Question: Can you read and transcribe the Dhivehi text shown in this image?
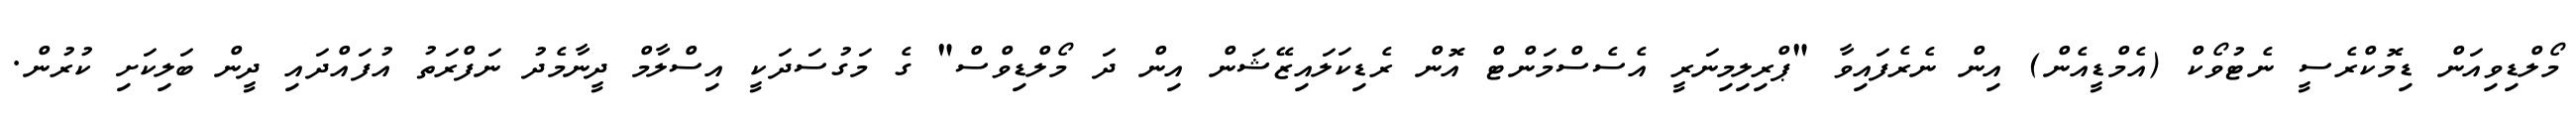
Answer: މޯލްޑިވިއަން ޑިމޮކްރެސީ ނެޓުވޯކް (އެމްޑީއެން) އިން ނެރެފައިވާ "ޕްރިލިމިނަރީ އެސެސްމަންޓް އޮން ރެޑިކަލައިޒޭޝަން އިން ދަ މޯލްޑިވްސް" ގެ މަގުސަދަކީ އިސްލާމް ދީނާމެދު ނަފްރަތު އުފައްދައި ދީން ބަލިކަށި ކުރުން.